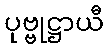
ပုဗ္ဗုဋ္ဌာယီ